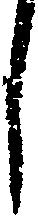
し